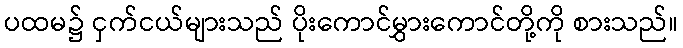
ပထမ၌ ငှက်ငယ်များသည် ပိုးကောင်မွှားကောင်တို့ကို စားသည်။